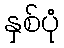
နှစ်ပုံ